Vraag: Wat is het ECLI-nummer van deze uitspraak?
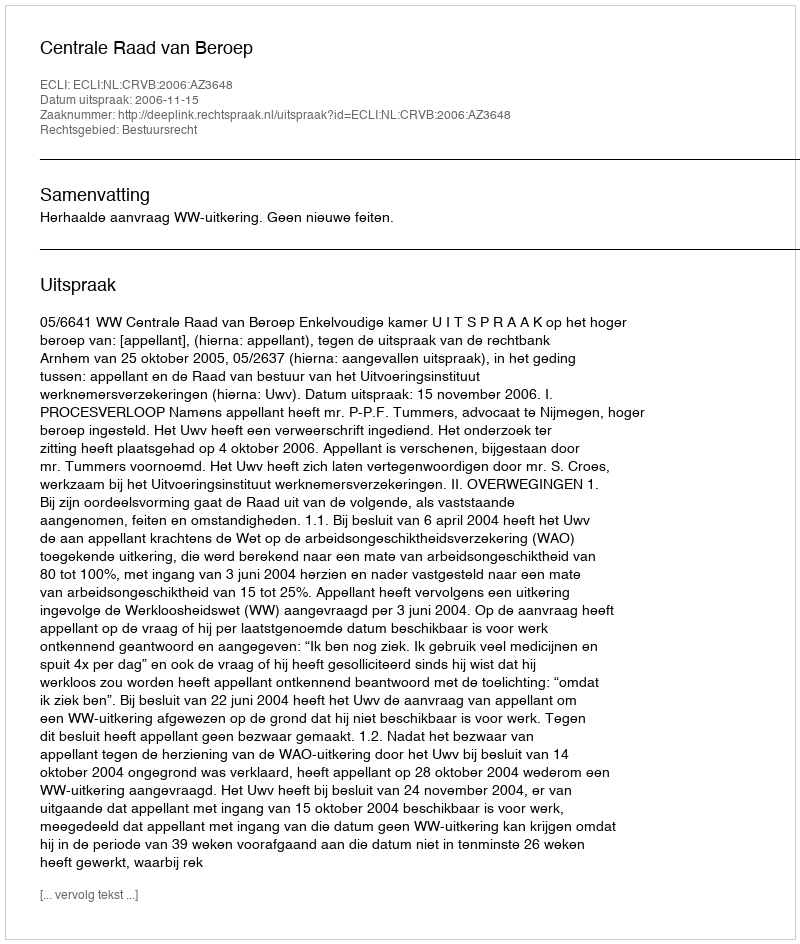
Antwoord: ECLI:NL:CRVB:2006:AZ3648